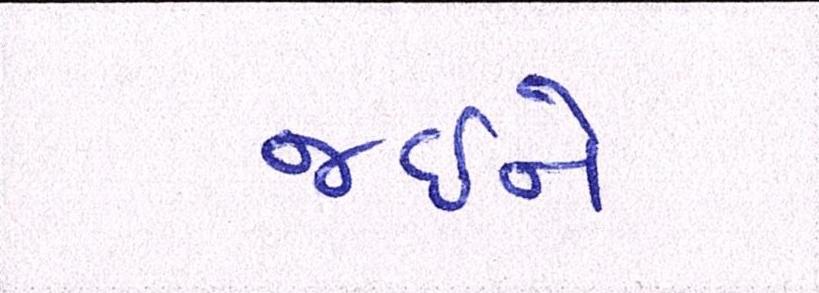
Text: જઈને